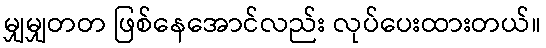
မျှမျှတတ ဖြစ်နေအောင်လည်း လုပ်ပေးထားတယ်။